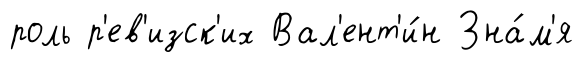
роль р'ев'изск'их Вал'ент'и́н Зна́м'я